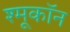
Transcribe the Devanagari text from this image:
श्मूकॉन